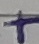
Text: +